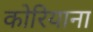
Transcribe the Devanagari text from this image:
कोरियाना